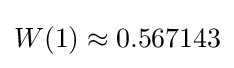
W(1)\approx 0.567143